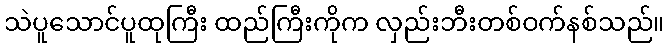
သဲပူသောင်ပူထုကြီး ထည်ကြီးကိုက လှည်းဘီးတစ်ဝက်နစ်သည်။